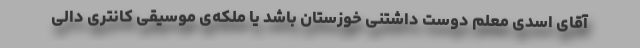
آقای اسدی معلم دوست داشتنی خوزستان باشد یا ملکه‌ی موسیقی کانتری دالی